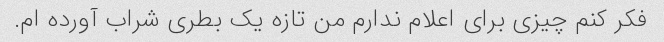
فکر کنم چیزی برای اعلام ندارم من تازه یک بطری شراب آورده ام.